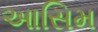
આસિમ